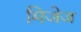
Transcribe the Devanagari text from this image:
मिजेज